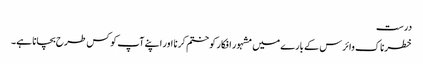
درست
خطرناک وائرس کے بارے میں مشہور افکار کو ختم کرنا اور اپنے آپ کو کس طرح بچانا ہے۔